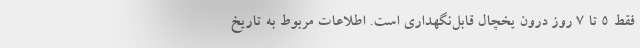
فقط ۵ تا ۷ روز درون یخچال قابل‌نگهداری است. اطلاعات مربوط به تاریخ